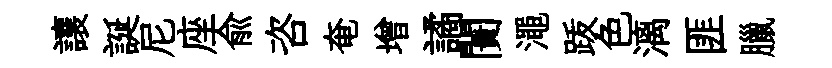
讓誕尼座俞咨奄增譎闠澠䟦色漓匪臘